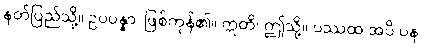
နတ်ပြည်သို့။ ဥပပန္နာ၊ ဖြစ်ကုန်၏။ ဣတိ၊ ဤသို့။ ပဿထ အပိ ပန၊